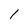
Character: 1